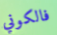
فالكوني